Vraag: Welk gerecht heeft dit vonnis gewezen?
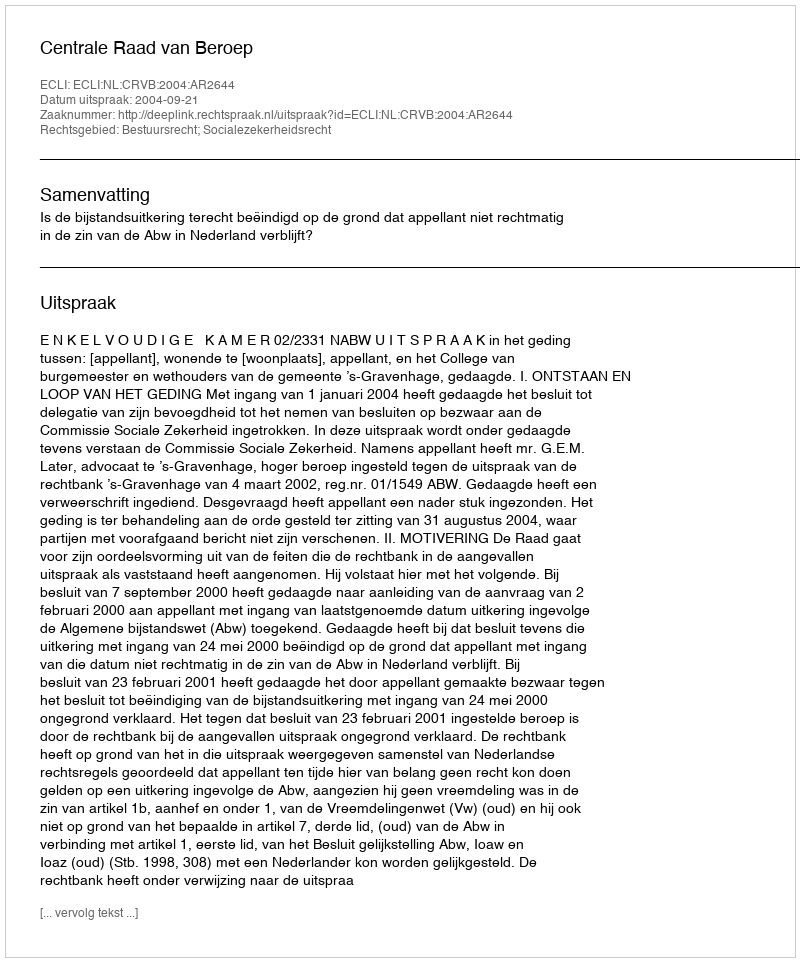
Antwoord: Centrale Raad van Beroep